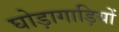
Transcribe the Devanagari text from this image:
घोड़ागाड़ियों